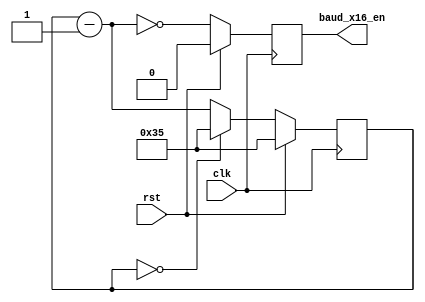
//-----------------------------------------------------------------------------
//  
// MIT License
// Copyright (c) 2022 Advanced Micro Devices, Inc. All rights reserved.
//
// Permission is hereby granted, free of charge, to any person obtaining a copy
// of this software and associated documentation files (the "Software"), to deal
// in the Software without restriction, including without limitation the rights
// to use, copy, modify, merge, publish, distribute, sublicense, and/or sell
// copies of the Software, and to permit persons to whom the Software is
// furnished to do so, subject to the following conditions:
//
// The above copyright notice and this permission notice shall be included in all
// copies or substantial portions of the Software.
//
// THE SOFTWARE IS PROVIDED "AS IS", WITHOUT WARRANTY OF ANY KIND, EXPRESS OR
// IMPLIED, INCLUDING BUT NOT LIMITED TO THE WARRANTIES OF MERCHANTABILITY,
// FITNESS FOR A PARTICULAR PURPOSE AND NONINFRINGEMENT. IN NO EVENT SHALL THE
// AUTHORS OR COPYRIGHT HOLDERS BE LIABLE FOR ANY CLAIM, DAMAGES OR OTHER
// LIABILITY, WHETHER IN AN ACTION OF CONTRACT, TORT OR OTHERWISE, ARISING FROM,
// OUT OF OR IN CONNECTION WITH THE SOFTWARE OR THE USE OR OTHER DEALINGS IN
// SOFTWARE.
//
//  Project  : Programmable Wave Generator
//  Module   : uart_baud_gen.v
//  Parent   : uart_rx and uart_tx
//  Children : None
//
//  Description: 
//     Generates a 16x Baud enable. This signal is generated 16 times per bit
//     at the correct baud rate as determined by the parameters for the system
//     clock frequency and the Baud rate
//
//  Parameters:
//     BAUD_RATE : Baud rate - set to 57,600bps by default
//     CLOCK_RATE: Clock rate - set to 50MHz by default
//
//  Local Parameters:
//     OVERSAMPLE_RATE: The oversampling rate - 16 x BAUD_RATE
//     DIVIDER    : The number of clocks per baud_x16_en
//     CNT_WIDTH  : Width of the counter
//
//  Notes       : 
//    1) Divider must be at least 2 (thus CLOCK_RATE must be at least 32x
//       BAUD_RATE)
//
//  Multicycle and False Paths
//    None
//

`timescale 1ns/1ps


module uart_baud_gen (
  // Write side inputs
  input        clk,          // Clock input
  input        rst,          // Active HIGH reset - synchronous to clk
  output       baud_x16_en   // Oversampled Baud rate enable
);


//***************************************************************************
// Constant Functions
//***************************************************************************
  // Generate the ceiling of the log base 2 - i.e. the number of bits
  // required to hold N values. A vector of size clogb2(N) will hold the
  // values 0 to N-1
  function integer clogb2;
    input [31:0] value;
    reg   [31:0] my_value;
    begin
      my_value = value - 1;
      for (clogb2 = 0; my_value > 0; clogb2 = clogb2 + 1)
        my_value = my_value >> 1;
    end
  endfunction
  //
//***************************************************************************
// Parameter definitions
//***************************************************************************

  parameter BAUD_RATE    = 57_600;              // Baud rate
  parameter CLOCK_RATE   = 50_000_000;

  // The OVERSAMPLE_RATE is the BAUD_RATE times 16
  localparam OVERSAMPLE_RATE = BAUD_RATE * 16;

  // The divider is the CLOCK_RATE / OVERSAMPLE_RATE - rounded up
  // (so add 1/2 of the OVERSAMPLE_RATE before the integer division)
  localparam DIVIDER = (CLOCK_RATE+OVERSAMPLE_RATE/2) / OVERSAMPLE_RATE;

  // The value to reload the counter is DIVIDER-1;
  localparam OVERSAMPLE_VALUE = DIVIDER - 1;

  // The required width of the counter is the ceiling of the base 2 logarithm
  // of the DIVIDER
  localparam CNT_WID = clogb2(DIVIDER);


//***************************************************************************
// Reg declarations
//***************************************************************************

  reg [CNT_WID-1:0] internal_count;
  reg               baud_x16_en_reg;


//***************************************************************************
// Wire declarations
//***************************************************************************
  
  wire [CNT_WID-1:0] internal_count_m_1; // Count minus 1


//***************************************************************************
// Code
//***************************************************************************

  assign internal_count_m_1 = internal_count - 1'b1;

  // Count from DIVIDER-1 to 0, setting baud_x16_en_reg when internal_count=0.
  // The signal baud_x16_en_reg must come from a flop (since it is a module
  // output) so schedule it to be set when the next count is 1 (i.e. when
  // internal_count_m_1 is 0).
  always @(posedge clk)
  begin
    if (rst)
    begin
      internal_count  <= OVERSAMPLE_VALUE;
      baud_x16_en_reg <= 1'b0;
    end
    else
    begin
      // Assert baud_x16_en_reg in the next clock when internal_count will be
      // zero in that clock (thus when internal_count_m_1 is 0).
      baud_x16_en_reg   <= (internal_count_m_1 == {CNT_WID{1'b0}});

      // Count from OVERSAMPLE_VALUE down to 0 repeatedly
      if (internal_count == {CNT_WID{1'b0}}) 
      begin
        internal_count    <= OVERSAMPLE_VALUE;
      end
      else // internal_count is not 0
      begin
        internal_count    <= internal_count_m_1;
      end
    end // if rst
  end // always 

  assign baud_x16_en = baud_x16_en_reg;

endmodule